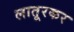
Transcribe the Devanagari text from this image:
लातूरकर